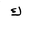
Letter: _kaf